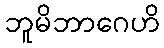
ဘူမိဘာဂေဟိ